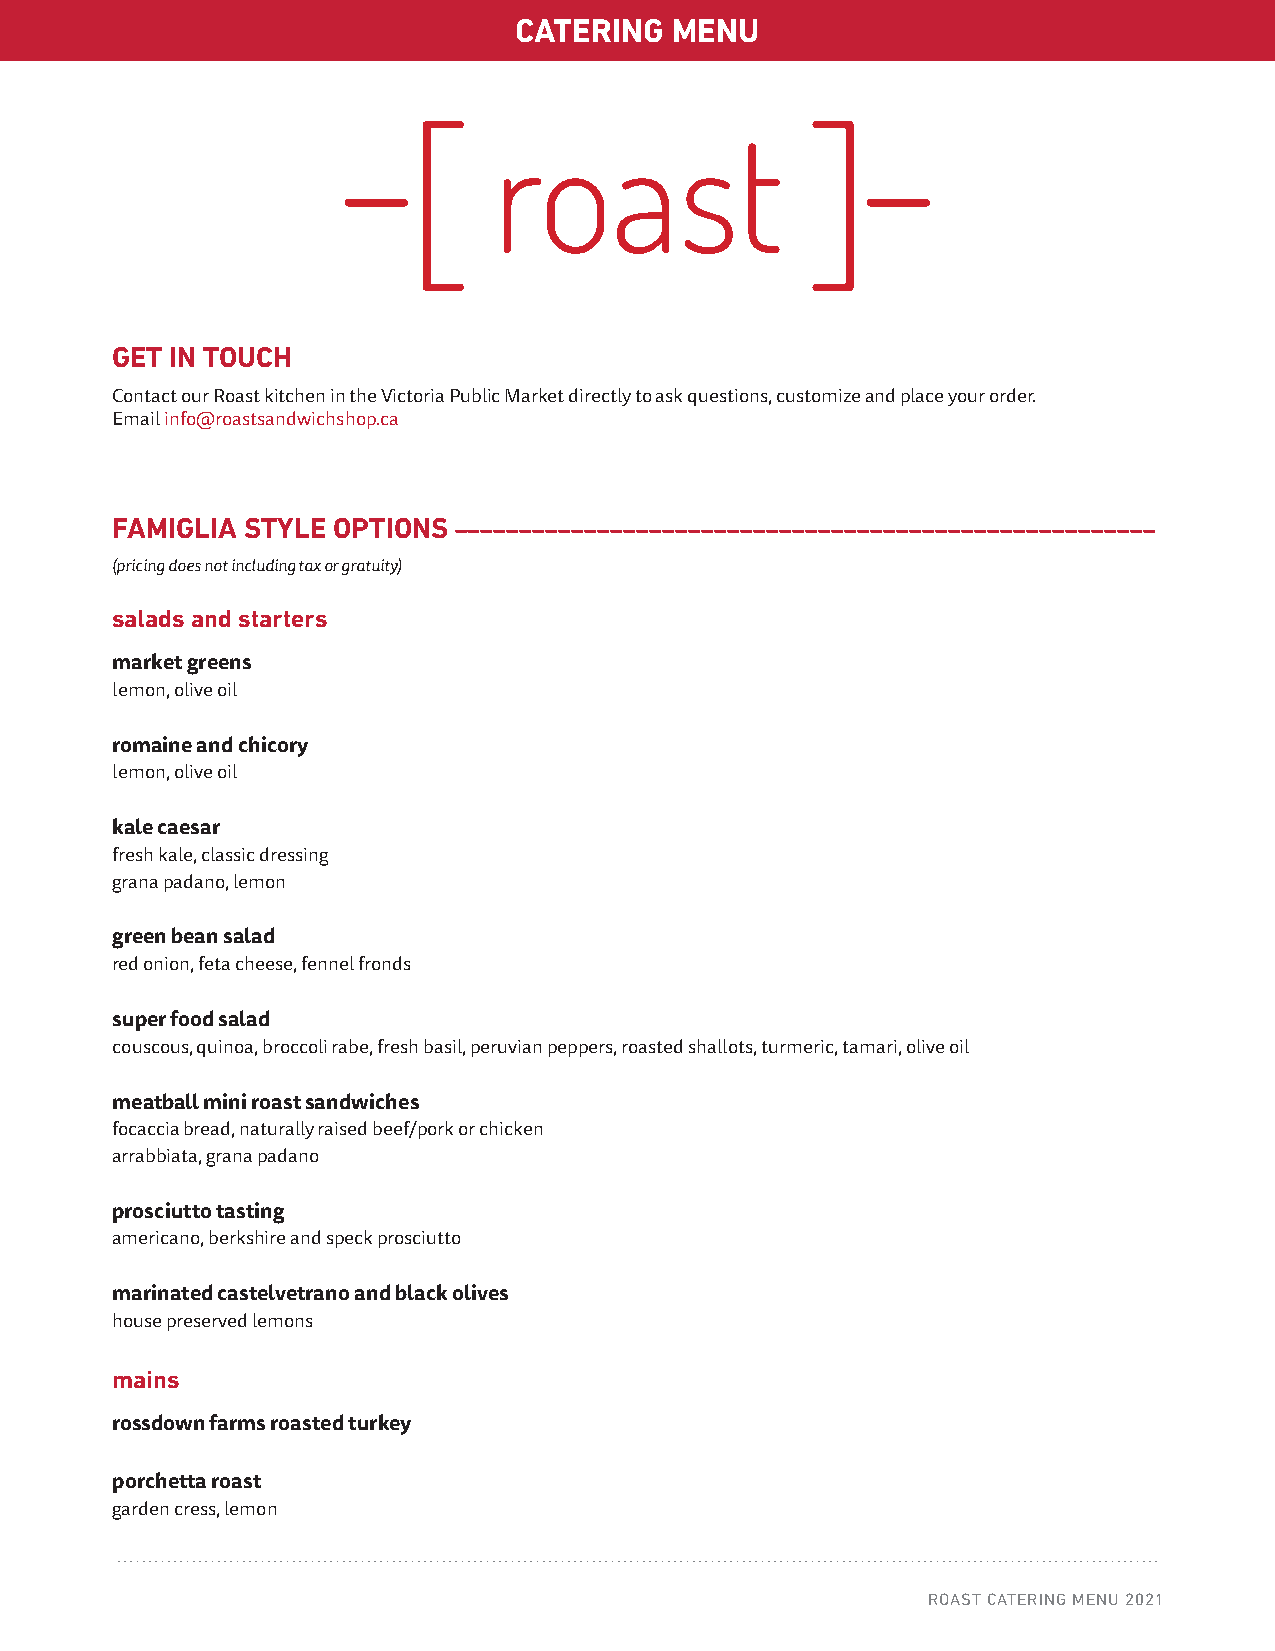
CATERING  MENU
 braised beef or pork ribs
 horseradish crème fraiche
 rotisserie chicken
 salsa verde
 roast beef
 chimichurri
 GET IN TOUCH
 + 'au jus' (carver required), yorkshire pudding, horseradish crème add $6.00 per person
 Contact our Roast kitchen in the Victoria Public Market directly to ask questions, customize and place your order.
 Email info@roastsandwichshop.ca                                                              meatballs
 naturally raised beef/pork, chicken or turkey bacon,
 focaccia bread
 arrabbiata, grana padano
 FAMIGLIA STYLE OPTIONS ––––––––––––––––––––––––––––––––––––––––––––––––––––––
 lasagna
 (pricing does not including tax or gratuity)
 naturally raised beef/pork bolognese, ricotta, grana padano, mozzarella
 salads and starters
 raclette
 market greens
 melted raclette cheese on top of baby potatoes, cornichons
 lemon, olive oil                                                                             (carver required add $6 per person)
 romaine and chicory                                                                          sides
 lemon, olive oil
 cannellini beans garlic, marjoram and oregano
 kale caesar                                                                                  roasted sweet corn on the cob, olive oil, smoked paprika
 fresh kale, classic dressing                                                                 romano beans, stracotto tomato and anchovy
 grana padano, lemon                                                                          roasted potatoes
 roasted vegetables
 green bean salad
 red onion, feta cheese, fennel fronds
 OPTIONS & PRICING ––––––––––––––––––––––––––––––––––––––––––––––––––––––––––––
 super food salad
 couscous, quinoa, broccoli rabe, fresh basil, peruvian peppers, roasted shallots, turmeric, tamari, olive oil
 meatball mini roast sandwiches
 focaccia bread, naturally raised beef/pork or chicken                                        OPTION A
 arrabbiata, grana padano
 [$42 PER PERSON]
 prosciutto tasting                                                                           Choose:
 americano, berkshire and speck prosciutto                                                      • 2 Salads/Starters
 • 2 Mains
 marinated castelvetrano and black olives                                                       • 1 Sides
 house preserved lemons
 mains
 rossdown farms roasted turkey
 porchetta roast
 garden cress, lemon
 ROAST CATERING MENU 2021